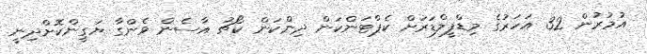
އުމުރުން 32 އަހަރުގެ މިޑްފީލްޑަރަށް ކެޕްޓަންކަން ދިންކަން ކޯޗު އާސެން ވެންގާ ޔަގީންކޮށްދިނީ